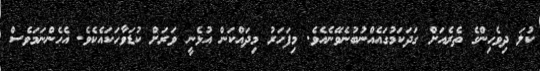
ކުލަ ދިވެހިންގެ ތެރެއަށް ގަދަކަމުގައެއްނުބުނެވޭނެއެވެ. މިފަހަރު މިދައްކަން އުޅެނީ ވަރަށް ކުޑަވާހަކައެކެވެ. އެހެންނަމަވެސް